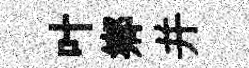
叶鄕并